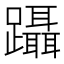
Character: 躡